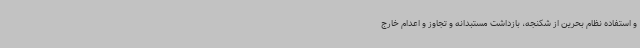
و استفاده نظام بحرین از شکنجه، بازداشت مستبدانه و تجاوز و اعدام خارج